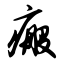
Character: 瘢